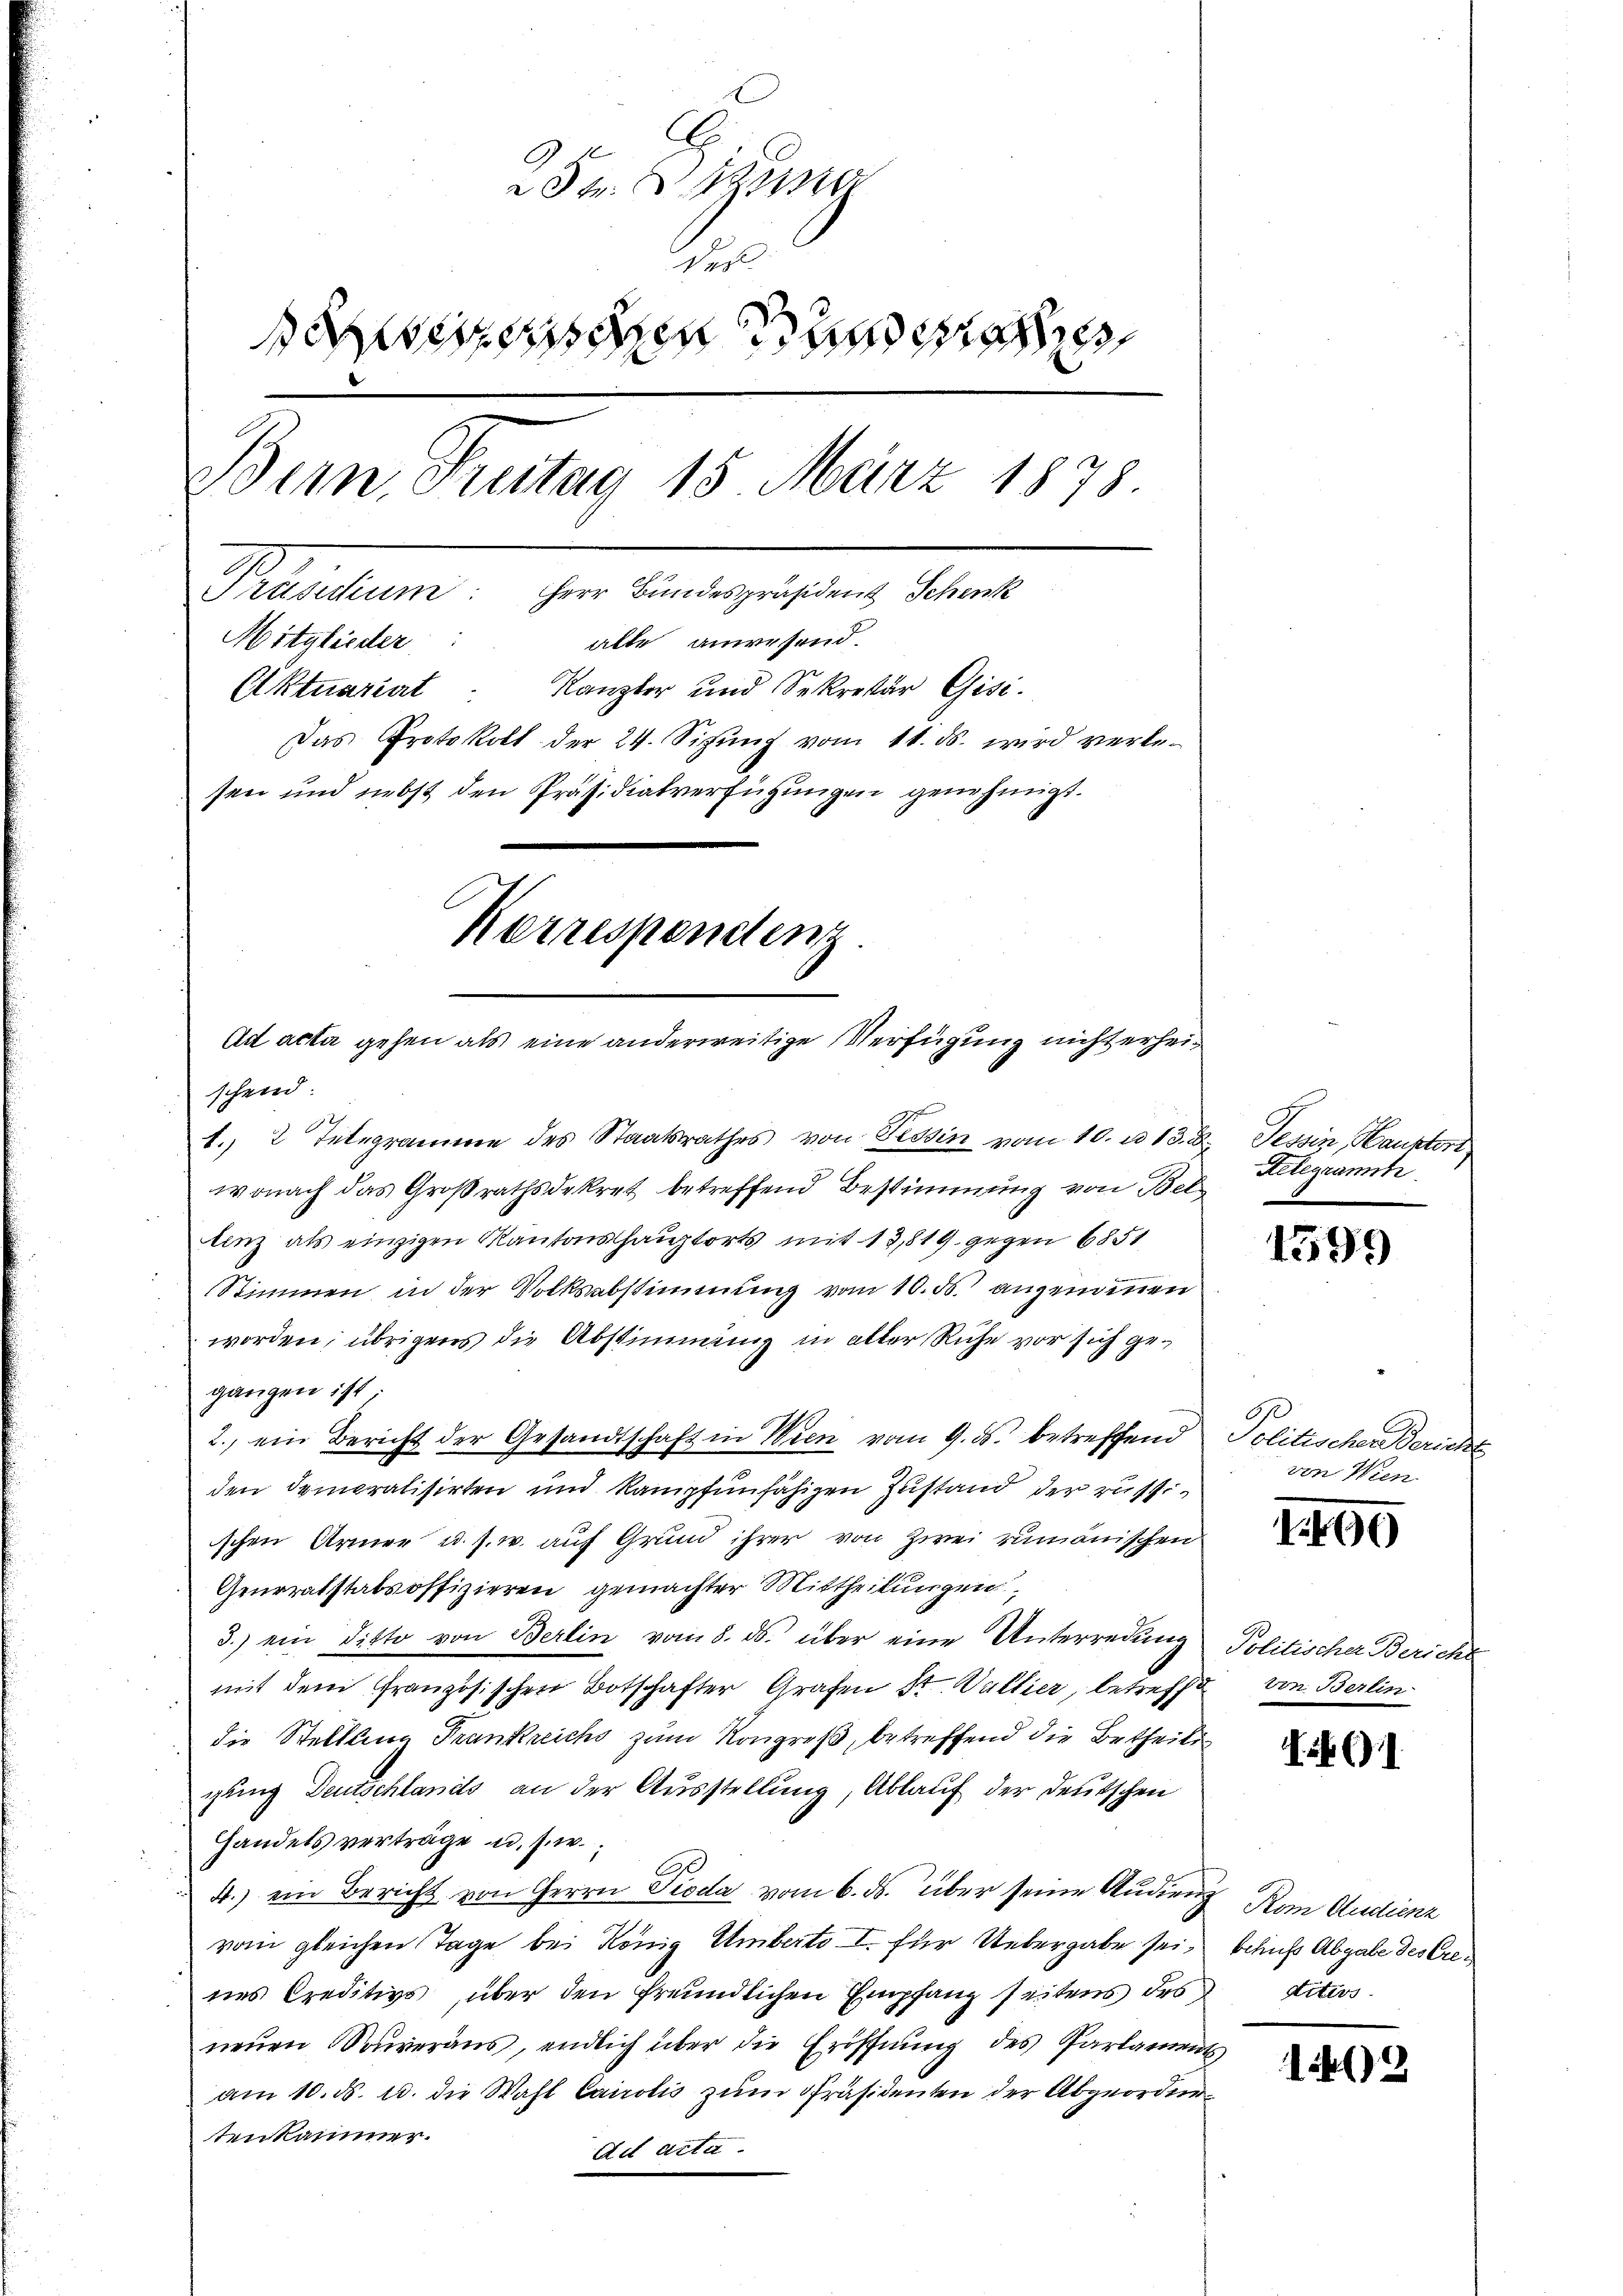
Str. Sie
Hof
een un
Bern Seitag 15 März 1878.
Petschen, der eine geisten Stand
alle anwesend.
Mitglieder
Aktuariat Kanzler und Sekretär Gisi-
Das Protokoll der 24. Sizŭng vom 11. ds. wird verlesen und nebst den Präsidialverfügungen genehmigt.
Korrespendenz.
Ad acta gehen als eine anderweitige Verfügung nicht erhei¬

schend.

1. 2 Telegramme des Staatsrathes von Tessin vom 10. u 13. d. Tessin, Hauster
wonach das Großrathsdekret betreffend Bestimmung von Bel
uinz als einzigen Kantonalhauptorts mit 13,819 gegen 6851
Stimmen in der Volksabstimmung vom 10. ds. angenommen
worden; übrigens die Abstimmung in aller Ruhe vor sich gegangen ist
2. ein Bericht der Gesandtschaft in Wien vom 9. ds. betreffend
den demoralisirten und Kampfunfähigen Zustand der russischen Armer u. s. w. auf Grund ihrer von Zwei rumänischen
Generalstabsoffizieren gemachter Mittheilungen
3.) ein Ditto von Berlin vom 8. ds. über eine Unterredung Politischer Bericht
mit dem Granzösischen Botschafter Grafen St. Wallier, betreffe von Berlin-
die Stellung Frankreichs zum Kongreß, betreffend die Betheile
gung Deutschlands an der Ausstellung, Ablauf der Deutschen
Handels verträge u. s. w.
4.) ein Bericht von Herrn Pioda vom 6. ds. über seine Audiens Rom Audienz
vom gleichen Tage bei König Umberto I. für Uebergabe sei, behufs Abgabe des Crenes Creditivs, über den freundlichen Empfang seitens des dites
neŭen Mouveraŭs, endlich über die Eröffnŭng des Parlaments,
am 10. ds. u. die Wahl Cairolis zum Präsidenten der Abgeordnetenkammer.
ad acta.

Relegramm

1599

Politischen Bericht
ven. Wien

1469

6)1

)